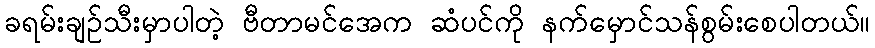
ခရမ်းချဉ်သီးမှာပါတဲ့ ဗီတာမင်အေက ဆံပင်ကို နက်မှောင်သန်စွမ်းစေပါတယ်။